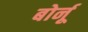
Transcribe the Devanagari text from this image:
बोर्नू